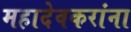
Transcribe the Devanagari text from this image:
महादेवकरांना